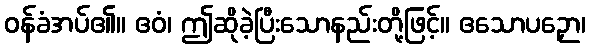
ဝန်ခံအပ်၏။ ဧဝံ၊ ဤဆိုခဲ့ပြီးသောနည်းတို့ဖြင့်။ ဧသောပဉှော၊